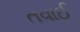
તવાઈ